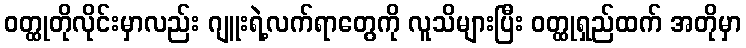
ဝတ္ထုတိုလိုင်းမှာလည်း ဂျူးရဲ့လက်ရာတွေကို လူသိများပြီး ဝတ္ထုရှည်ထက် အတိုမှာ